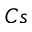
C s